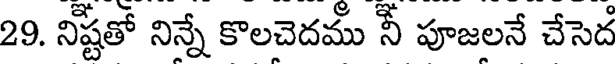
29. నిష్టతో నిన్నే కొలచెదము నీ పూజలనే చేసెద